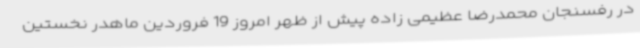
در رفسنجان محمدرضا عظیمی زاده پیش از ظهر امروز 19 فروردین ماهدر نخستین